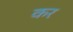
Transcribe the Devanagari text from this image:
कर